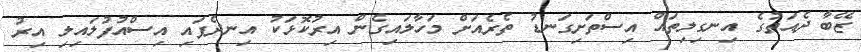
ޒޭބާ ދެއަތުގެ އިނގިލިތައް އިސްތަށިގަނޑު ތެރެއަށް މަހާލައިގެން އިރުކޮޅަކު އިނދެފައި އިސްއުފުލައިލި އިރު